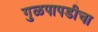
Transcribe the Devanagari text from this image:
गुळपापडीचा